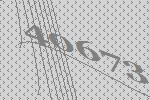
40673